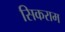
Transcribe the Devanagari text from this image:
सिकराम